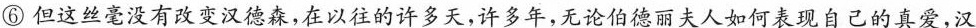
⑥但这丝毫没有改变汉德森，在以往的许多天，许多年，无论伯德丽夫人如何表现自己的真爱，汉